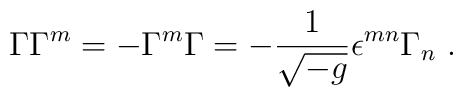
\Gamma \Gamma^m = -\Gamma^m \Gamma  = -\frac{1}{\sqrt{-g}} \epsilon^{mn} \Gamma_n~.